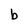
Character: b